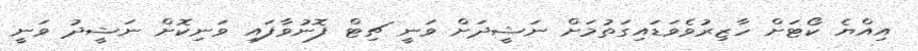
އިއްޔެ ކޯޓަށް ހާޒިރުވެވަޑައިގަތުމަށް ނަޝީދަށް ވަނީ ޗިޓް ފޮނުވާފައި ވަނިކޮށް ނަޝީދު ވަނީ